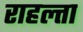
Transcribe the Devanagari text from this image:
राहल्ता